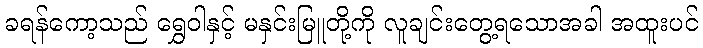
ခရန်ကော့သည် ရွှေဝါနှင့် မနှင်းမြူတို့ကို လူချင်းတွေ့ရသောအခါ အထူးပင်